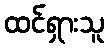
ထင်ရှားသူ